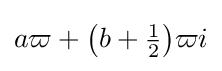
a\varpi +{\bigl (}b+{\tfrac {1}{2}}{\bigr )}\varpi i